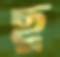
ছু